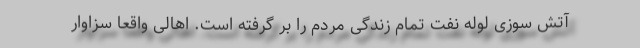
آتش سوزی لوله نفت تمام زندگی مردم را بر گرفته است. اهالی واقعا سزاوار